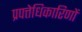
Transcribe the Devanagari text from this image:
प्रपत्तेधिकारिणों